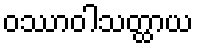
ဝဿာဝါသတ္ထာယ